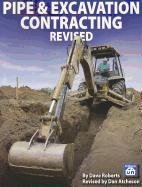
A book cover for Pipe & Excavation Contracting Revised; Dave Roberts; Engineering & Transportation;